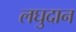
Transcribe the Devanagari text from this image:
लघुदान